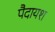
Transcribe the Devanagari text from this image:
पैदायश